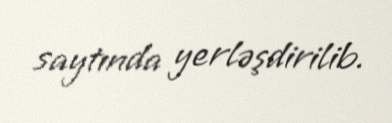
saytında yerləşdirilib.